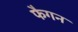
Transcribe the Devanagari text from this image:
फैगन